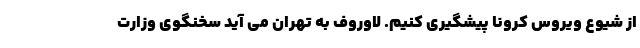
از شیوع ویروس کرونا پیشگیری کنیم. لاوروف به تهران می آید سخنگوی وزارت